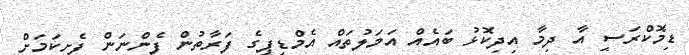
ޑިމޮކްރަސީ އާ ދިމާ އިދިކޮޅު ބައެއް އަމަލުތައް އެމްޑީޕީގެ ފަރާތުން ފެންނަން ފެށިކަމަށް